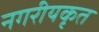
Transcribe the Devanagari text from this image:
नगरीयकृत